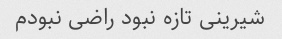
شیرینی تازه نبود راضی نبودم